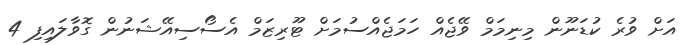
އަށް ވުރެ ކުޑަނޫން މިނިމަމް ވޭޖެއް ހަމަޖެއްސުމަށް ޓޫރިޒަމް އެސޯސިއޭޝަނުން ގޮވާލައިފި 4